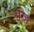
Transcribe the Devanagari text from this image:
संग्र्ह्